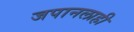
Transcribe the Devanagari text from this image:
जपानलाही